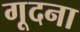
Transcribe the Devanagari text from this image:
गूदना